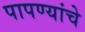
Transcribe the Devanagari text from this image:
पापण्यांचे